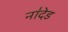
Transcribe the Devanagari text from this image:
ना॑देड